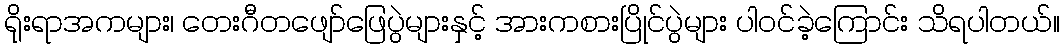
ရိုးရာအကများ၊ တေးဂီတဖျော်ဖြေပွဲများနှင့် အားကစားပြိုင်ပွဲများ ပါဝင်ခဲ့ကြောင်း သိရပါတယ်။